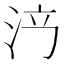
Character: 𣳍